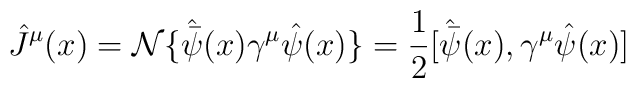
{\hat J}^{\mu}(x)={\cal N} \{{\hat {\bar \psi}}(x)\gamma^{\mu}{\hat\psi}(x)\}=\frac{1}{2}[{\hat {\bar \psi}}(x),\gamma^{\mu}{\hat \psi}(x)]